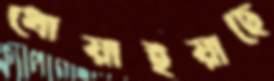
ধোয়াইয়াছে